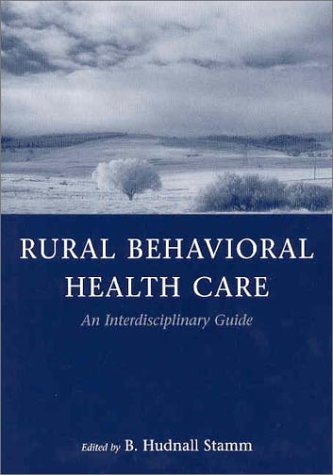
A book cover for Rural Behavioral Health Care: An Interdisciplinary Guide; Medical Books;